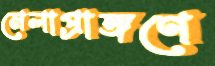
মেলাপ্রাঙ্গণে